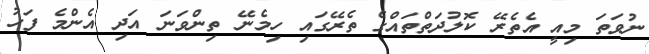
ނުވަތަ މިއީ އެތެރޭ ކޮލުދަތްތައްގެ ތެރޭގައި ހިމެނޭ ތިންވަނަ އަދި އެންމެ ފަހު